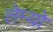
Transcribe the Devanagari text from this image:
लेम्यो